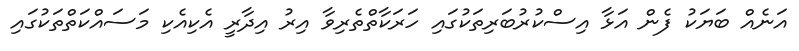
އަނެއް ބަޔަކު ފެން އަޅާ އިސްކުރުބަރިތަކުގައި ހަރަކާތްތެރިވާ އިރު އިދާރީ އެކިއެކި މަސައްކަތްތަކުގައި